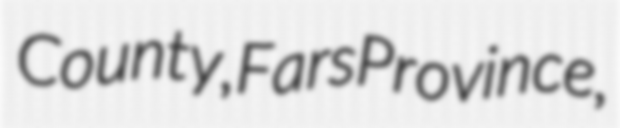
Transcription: County, Fars Province,